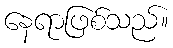
နေရာဖြစ်သည်။